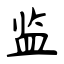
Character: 监